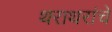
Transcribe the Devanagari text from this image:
थराथरांचे